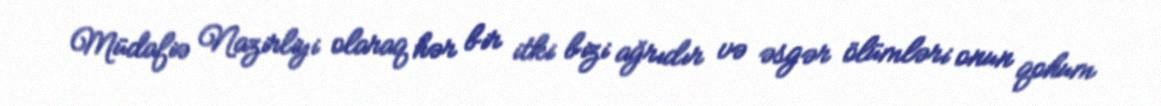
Müdafiə Nazirliyi olaraq hər bir itki bizi ağrıdır və əsgər ölümləri onun qohum